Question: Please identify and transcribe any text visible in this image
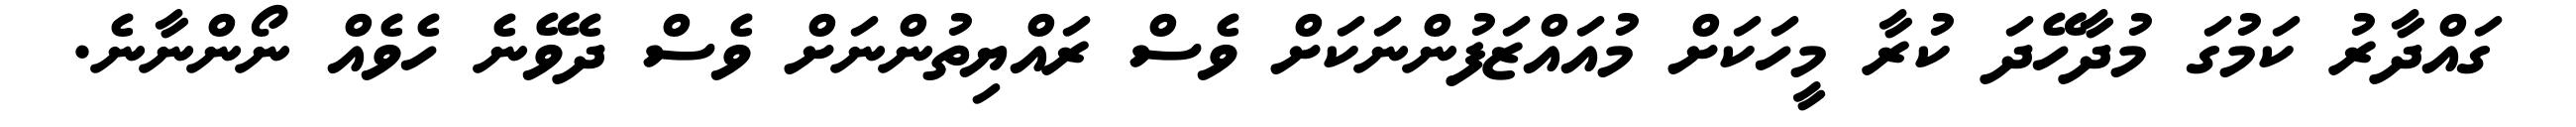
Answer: ގައްދާރު ކަމުގަ މުދާހޭދަ ކުރާ މީހަކަށް މުއައްޒަފުންނަކަށް ވެސް ރައްޔިތުންނަށް ވެސް ދެވޭނެ ހެވެއް ނޯންނާނެ.